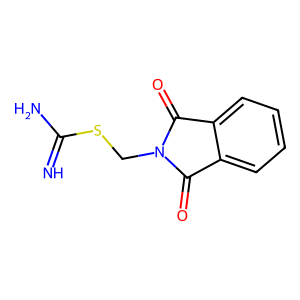
SMILES: N=C(N)SCN1C(=O)c2ccccc2C1=O
Inhibits HIV replication: No